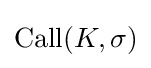
{\textrm {Call}}(K,\sigma )